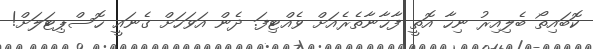
ކޮބައިތޯ ބެލިއިރު ނިހާ އޮތީ ފާޚާނާތެރެއަށް ވެއްޓިފަ. ދެން އަވަހަށް ގެނައީ ހޮސްޕިޓަލަށް!